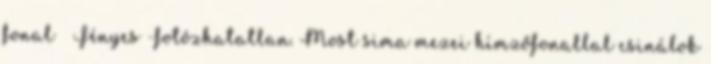
fonal 🙁 Fényes -fotózhatatlan. Most sima mezei hímzőfonallal csinálok